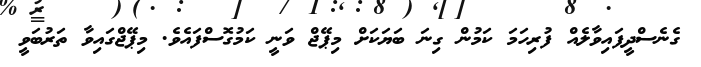
ގެނެސްދީފައިވާލެއް ފުރިހަމަ ކަމުން ގިނަ ބަޔަކަށް މިޕޭޖް ވަނީ ކަމުގޮސްފައެވެ. މިޕޭޖްގައިވާ ތަރުބަވީ